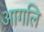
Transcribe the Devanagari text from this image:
आगलि